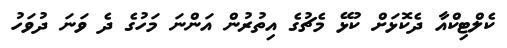
ކެލްޓިކްއާ ދެކޮޅަށް ކުޅޭ މެޗުގެ އިތުރުން އަންނަ މަހުގެ ދެ ވަނަ ދުވަހު